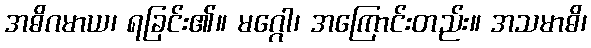
အဓိဂမာယ၊ ရခြင်း၏။ မဂ္ဂေါ၊ အကြောင်းတည်း။ အသမာဓိ၊